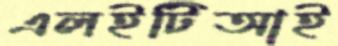
এলইটিআই